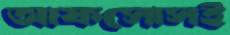
আফসোসই